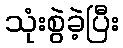
သုံးစွဲခဲ့ပြီး